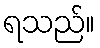
ရသည်။